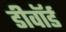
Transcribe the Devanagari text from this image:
डीवॉर्ड